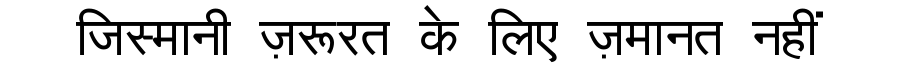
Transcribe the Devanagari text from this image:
जिस्मानी ज़रूरत के लिए ज़मानत नहीं